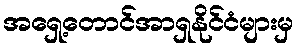
အရှေ့တောင်အာရှနိုင်ငံများမှ